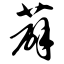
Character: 薜